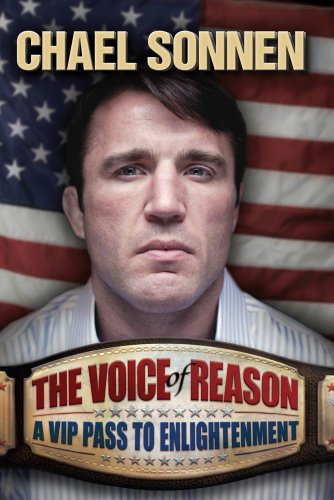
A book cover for The Voice of Reason: A V.I.P. Pass to Enlightenment; Chael Sonnen; Biographies & Memoirs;